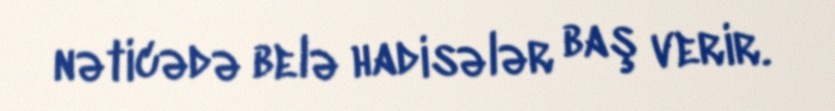
nəticədə belə hadisələr baş verir.